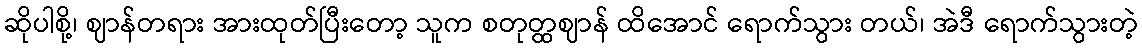
ဆိုပါစို့၊ ဈာန်တရား အားထုတ်ပြီးတော့ သူက စတုတ္ထဈာန် ထိအောင် ရောက်သွား တယ်၊ အဲဒီ ရောက်သွားတဲ့